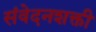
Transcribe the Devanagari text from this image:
संवेदनशक्ती